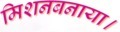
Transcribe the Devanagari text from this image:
मिशनबनाया।